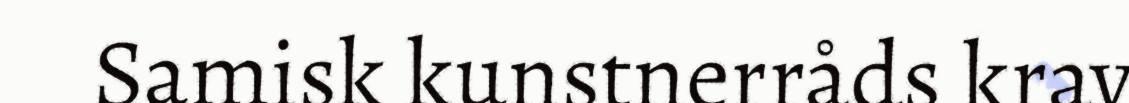
Samisk kunstnerråds krav